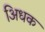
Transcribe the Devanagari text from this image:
अिधक